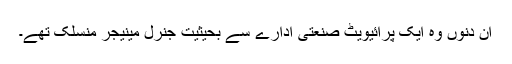
ان دنوں وہ ایک پرائیویٹ صنعتی ادارے سے بحیثیت جنرل مینیجر منسلک تھے۔